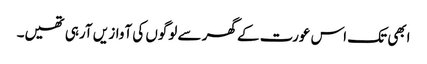
ابھی تک اس عورت کے گھر سے لوگوں کی آواز یں آرہی تھیں۔